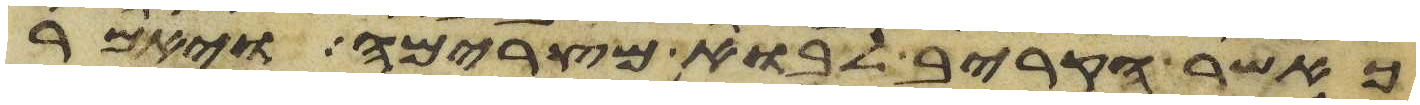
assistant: כאשר הקריב לבוא מצרימה ויאמר